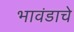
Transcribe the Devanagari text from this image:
भावंडाचे